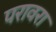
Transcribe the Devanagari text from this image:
परावरा